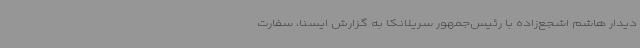
دیدار هاشم اشجع‌زاده با رئیس‌جمهور سریلانکا به گزارش ایسنا، سفارت